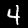
Label: 4